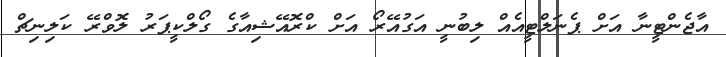
އާޖެންޓީނާ އަށް ޕެނަލްޓީއެއް ލިބުނީ އަގުއޭރޯ އަށް ކްރޮއޭޝިއާގެ ގޯލްކީޕަރު ލޮވްރޭ ކަލިނިޗް